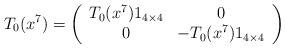
\begin{align*}T_0(x^7)=\left(\begin{array}{cc} T_0(x^7) 1_{4 \times 4} & 0 \\ 0 & -T_0(x^7) 1_{4 \times 4} \\ \end{array}\right)\end{align*}